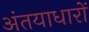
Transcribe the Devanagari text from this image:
अंतयाधारों